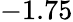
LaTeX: -1.75